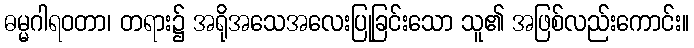
ဓမ္မဂါရဝတာ၊ တရား၌ အရိုအသေအလေးပြုခြင်းသော သူ၏ အဖြစ်လည်းကောင်း။